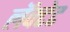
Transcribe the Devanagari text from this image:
लॅक्टेट